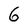
Character: 6